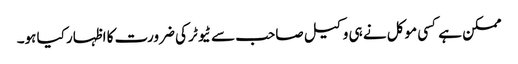
ممکن ہے کسی موکل نے ہی وکیل صاحب سے ٹیوٹر کی ضرورت کا اظہار کیا ہو۔